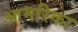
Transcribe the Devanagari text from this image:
आमरिका